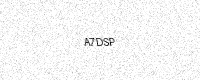
Text: A7DSP